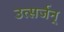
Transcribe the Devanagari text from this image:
उत्सर्जन्